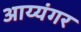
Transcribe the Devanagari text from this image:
अाय्यंगर